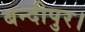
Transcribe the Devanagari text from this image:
बन्दीपुर।